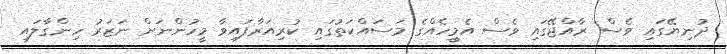
ދުނިޔޭގައި ވެސް ރާއްޖޭގައި ވެސް އެމީހެއްގެ މަސައްކަތުގައި ކުރިއަރާފައިވާ މީހުންނަށް ނަޒަރު ހިންގާލައި